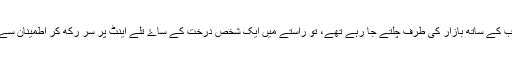
جب سفیر مقامی اصحاب کے ساتھ بازار کی طرف چلتے جا رہے تھے، تو راستے میں ایک شخص درخت کے ساۓ تلے اینٹ پر سر رکھ کر اطمینان سے گہری نیند سو رہا تھا۔